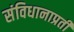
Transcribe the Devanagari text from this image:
संविधानाप्रती